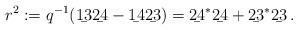
LaTeX: \begin{align*}r^2:=q^{-1}(\b{13}\b{24} -\b{14}\b{23}) = \b{24}^*\b{24} + \b{23}^*\b{23} \, .\end{align*}